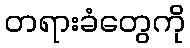
တရားခံတွေကို